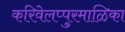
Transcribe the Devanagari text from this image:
करिवेलप्पुरमाळिका